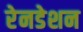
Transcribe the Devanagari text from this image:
रेनडेशन